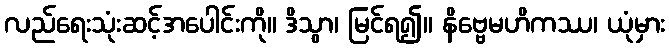
လည်ရေးသုံးဆင့်အပေါင်းကို။ ဒိသွာ၊ မြင်ရ၍။ နိဗ္ဗေမဟိကဿ၊ ယုံမှား